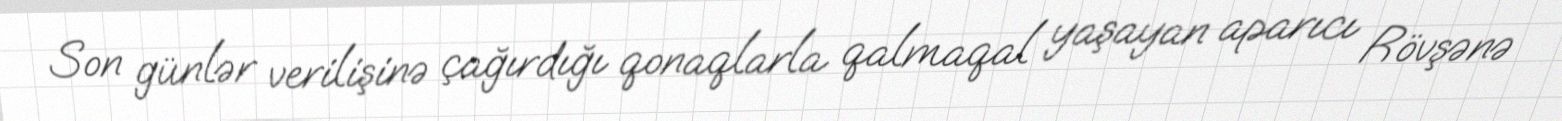
Son günlər verilişinə çağırdığı qonaqlarla qalmaqal yaşayan aparıcı Rövşənə